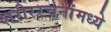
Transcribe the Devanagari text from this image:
शरीररचनांमध्ये